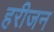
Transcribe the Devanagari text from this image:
हरीजन